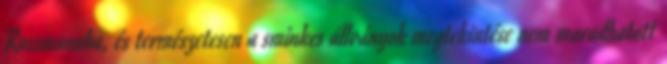
Rossmannba, és természetesen a sminkes állványok megtekintése nem maradhatott